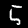
Digit: 5